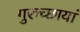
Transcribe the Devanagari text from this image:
गुरुच्छायां